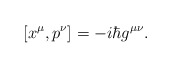
\begin{align*}[x^\mu,p^\nu]=-i\hbar g^{\mu\nu}.\end{align*}